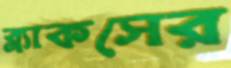
ব্ল্যাকসের